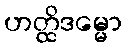
ဟတ္ထိဒမ္မော